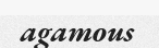
agamous